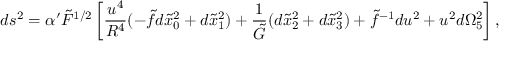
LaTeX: d s ^ { 2 } = \alpha ^ { \prime } \tilde { F } ^ { 1 / 2 } \left[ \frac { u ^ { 4 } } { R ^ { 4 } } ( - \tilde { f } d \tilde { x } _ { 0 } ^ { 2 } + d \tilde { x } _ { 1 } ^ { 2 } ) + \frac { 1 } { \tilde { G } } ( d \tilde { x } _ { 2 } ^ { 2 } + d \tilde { x } _ { 3 } ^ { 2 } ) + \tilde { f } ^ { - 1 } d u ^ { 2 } + u ^ { 2 } d \Omega _ { 5 } ^ { 2 } \right] ,